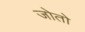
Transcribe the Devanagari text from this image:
जोतो